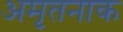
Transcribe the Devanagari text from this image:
अमृतनाक